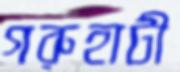
গরুহাটী